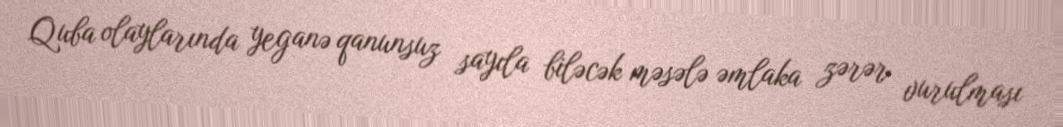
Quba olaylarında yeganə qanunsuz sayıla biləcək məsələ əmlaka zərər vurulması